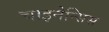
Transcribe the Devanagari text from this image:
चाइनेन्सिस